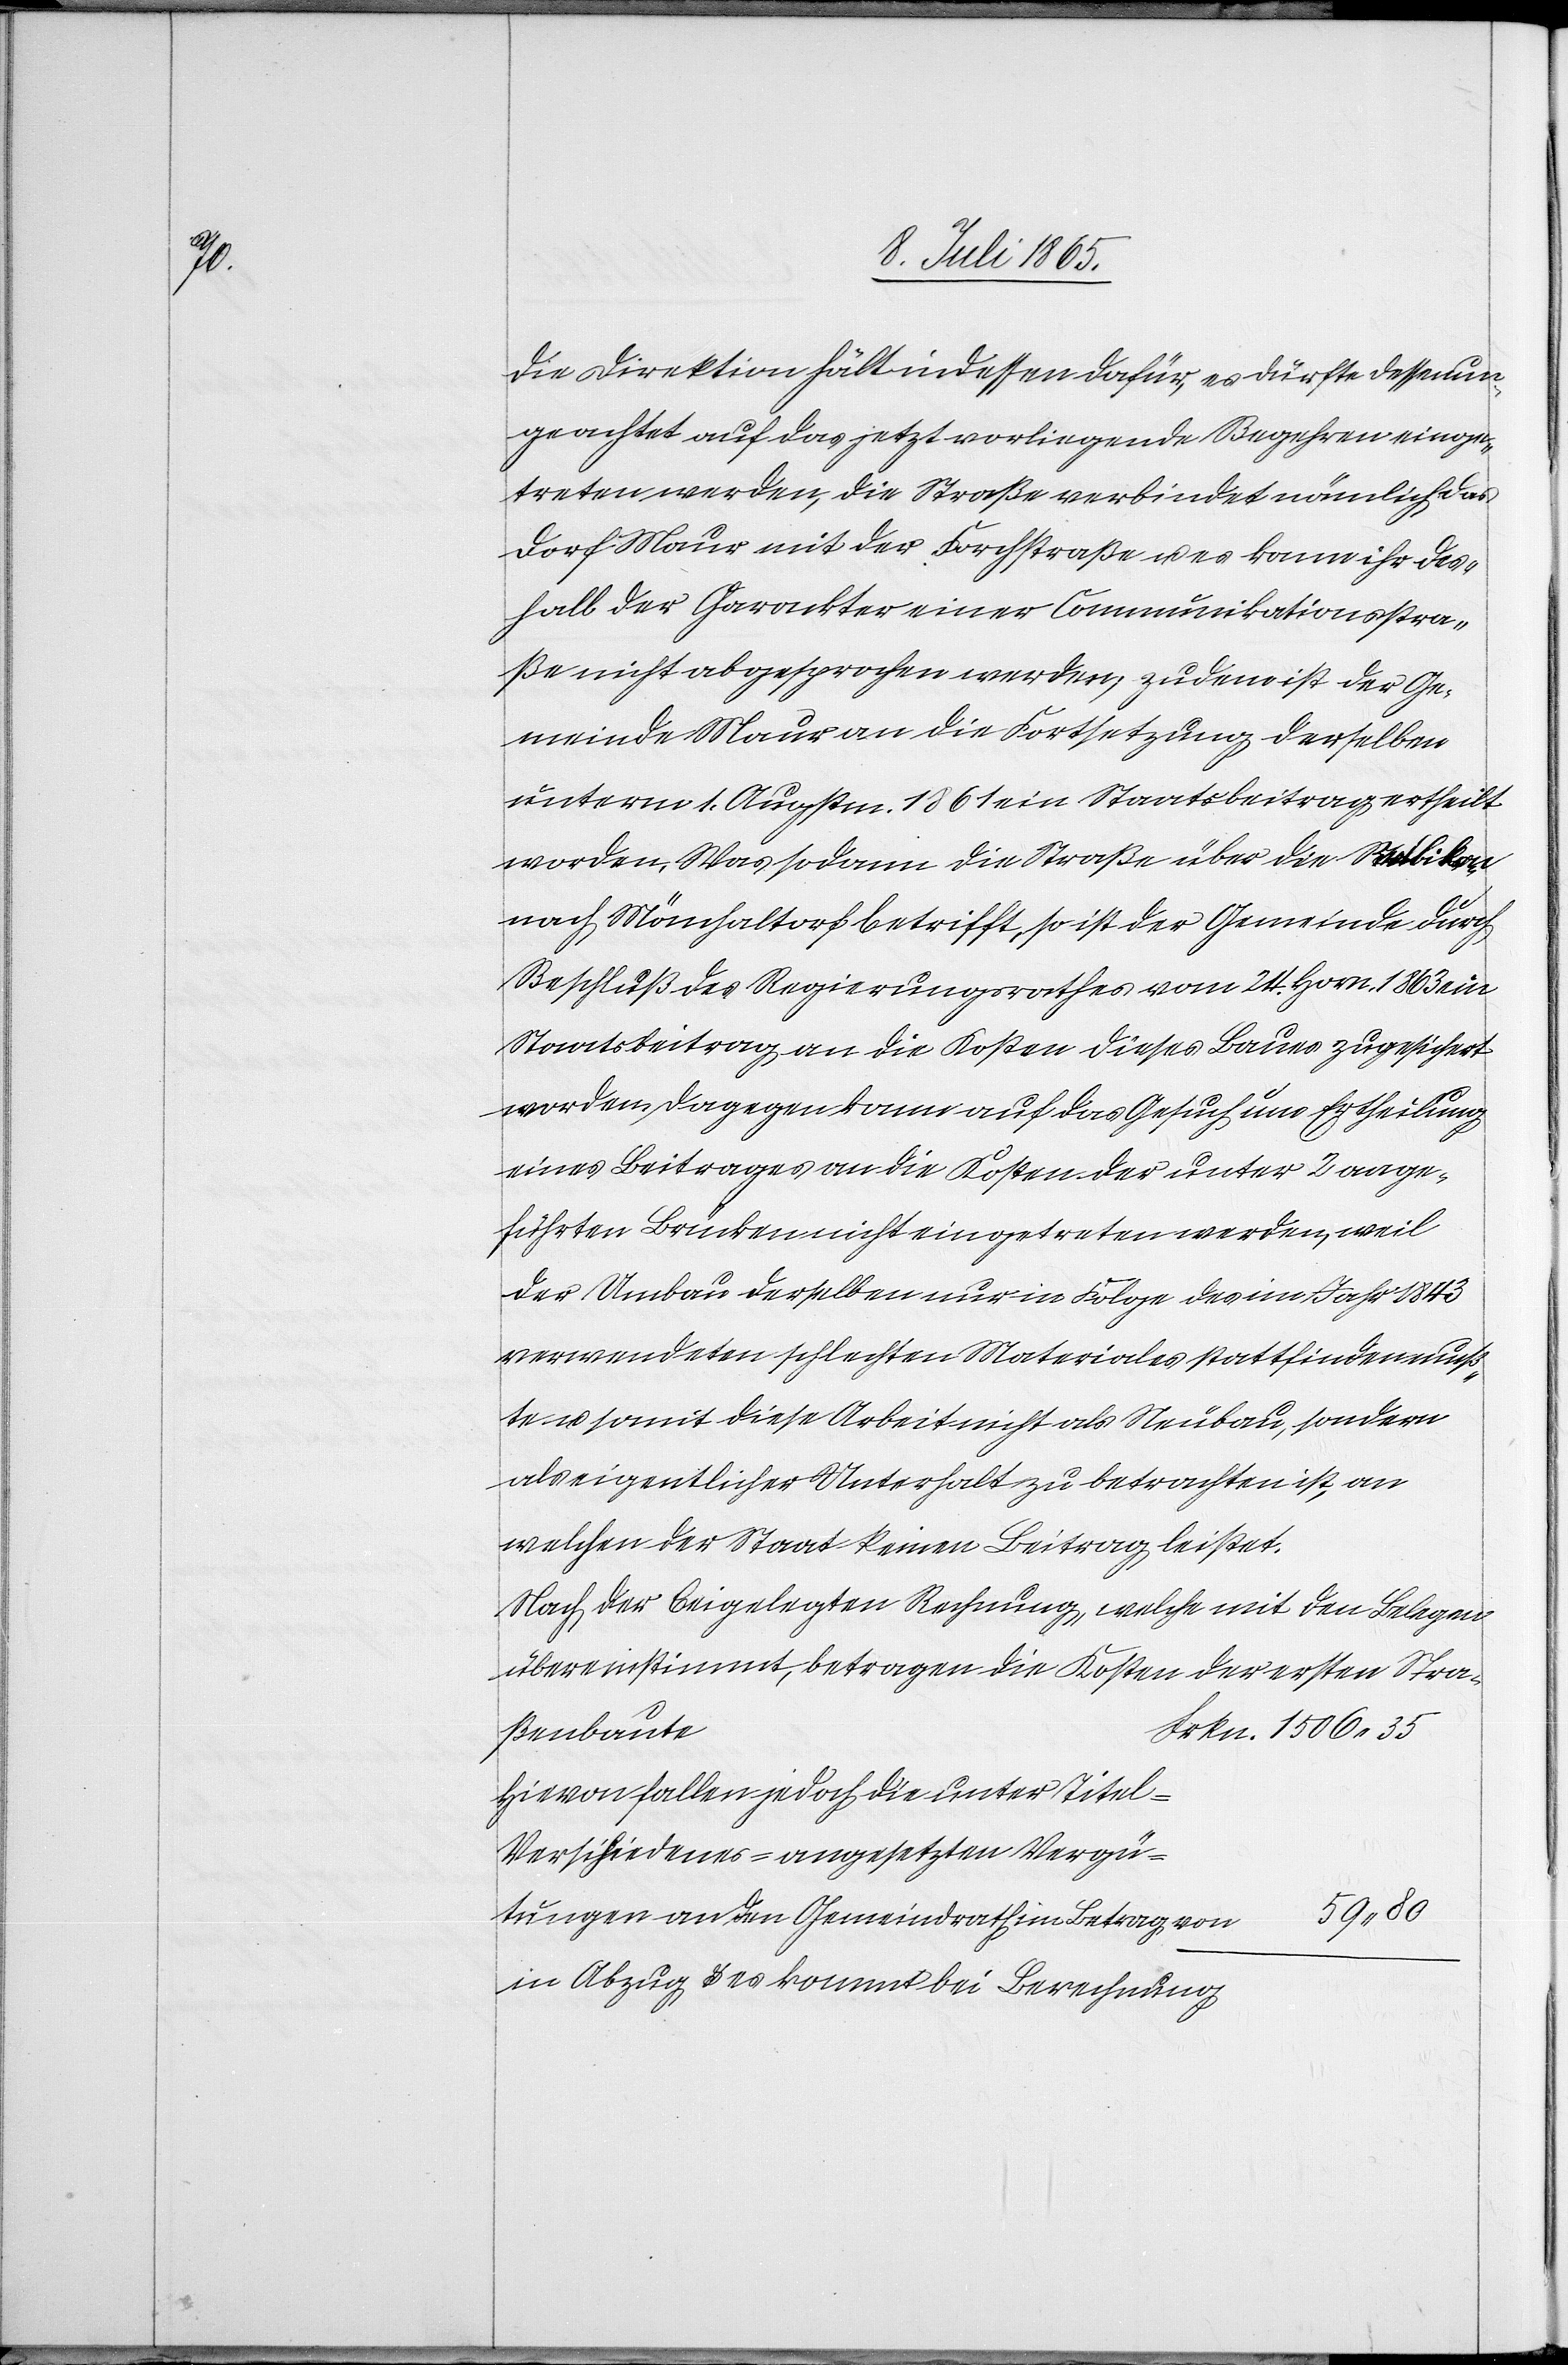
die Direktion hält indessen dafür, es dürfte dessenun¬
geachtet auf das jetzt vorliegende Begehren einge¬
treten werden, die Straße verbindet nämlich das
Dorf Maur mit der Forchstraße u. es kann ihr des¬
halb der Charakter einer Communikationsstra¬
ße nicht abgesprochen werden; zudem ist der Ge¬
meinde Maur an die Fortsetzung derselben
unterm 1. Augstm. 1861 ein Staatsbeitrag ertheilt
worden. Was sodann die Straße über die Rellikon
nach Mönchaltorf betrifft, so ist der Gemeinde durch
Beschluß des Regierungsrathes vom 24. Horn. 1863 ein
Staatsbeitrag an die Kosten dieses Baues zugesichert
worden. Dagegen kann auf das Gesuch um Ertheilung
eines Beitrages an die Kosten der unter 2 ange¬
führten Brücken nicht eingetreten werden, weil
der Umbau derselben nur in Folge des im Jahr 1843
verwendeten schlechten Materiales stattfinden muß¬
te u. somit diese Arbeiten nicht als Neubau, sondern
als eigentlicher Unterhalt zu betrachten ist, an
welchen der Staat keinen Beitrag leistet.
Nach der beigelegten Rechnung, welche mit den Belegen
übereinstimmt, betragen die Kosten der ersten Stra¬
ßenbaute
Hievon fallen jedoch die unter Titel
„Verschiedenes“ angesetzten Vergü¬
tungen an den Gemeindrath im Betrag
in Abzug u. es kommt bei Berechnung